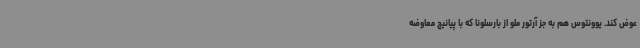
عوض کند. یوونتوس هم به جز آرتور ملو از بارسلونا که با پیانیچ معاوضه